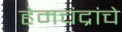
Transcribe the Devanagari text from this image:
हेमचंद्रांचे